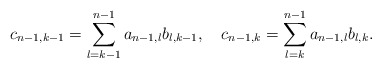
\begin{align*}c_{n-1,k-1} = \sum_{l=k-1}^{n-1} a_{n-1,l} b_{l,k-1}, ~~~c_{n-1,k} = \sum_{l=k}^{n-1} a_{n-1,l} b_{l,k}. \end{align*}